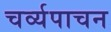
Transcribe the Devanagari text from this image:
चर्व्यपाचन